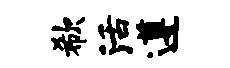
欷活遵